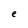
Character: e